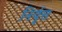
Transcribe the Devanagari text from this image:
निर्वृत्त